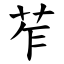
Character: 苲